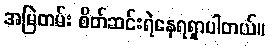
အမြဲတမ်း စိတ်ဆင်းရဲနေရရှာပါတယ်။